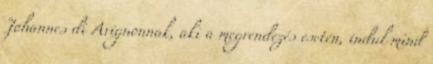
Johannes di Avignonnak, aki a megrendezés esetén, indul mind